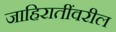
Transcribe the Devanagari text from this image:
जाहिरातींवरील